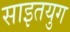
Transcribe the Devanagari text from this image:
साइतयुग